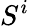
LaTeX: S^{i}